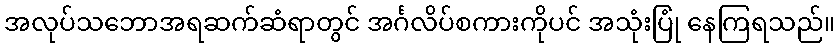
အလုပ်သဘောအရဆက်ဆံရာတွင် အင်္ဂလိပ်စကားကိုပင် အသုံးပြုံ နေကြရသည်။